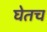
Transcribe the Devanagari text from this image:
घेतच